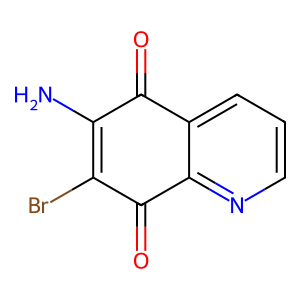
SMILES: NC1=C(Br)C(=O)c2ncccc2C1=O
Inhibits HIV replication: No